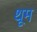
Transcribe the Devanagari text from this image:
थूम